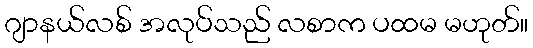
ဂျာနယ်လစ် အလုပ်သည် လစာက ပထမ မဟုတ်။